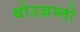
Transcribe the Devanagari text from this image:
बोउज़ग्लो